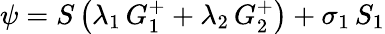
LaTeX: \psi=S\left(\lambda_{1}\, G_{1}^{+}+\lambda_{2}\, G_{2}^{+}\right)+\sigma_{1}\, S_{1}